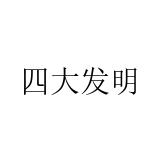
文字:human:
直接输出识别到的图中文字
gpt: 四大发明